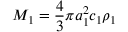
M _ { 1 } = \displaystyle \frac { 4 } { 3 } \pi a _ { 1 } ^ { 2 } c _ { 1 } \rho _ { 1 }